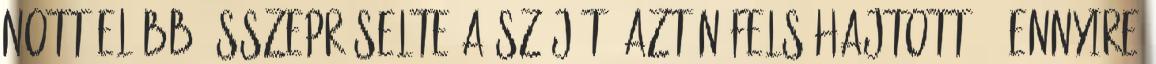
Nott előbb összepréselte a száját, aztán felsóhajtott. - Ennyire